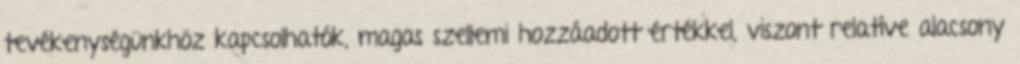
tevékenységünkhöz kapcsolhatók, magas szellemi hozzáadott értékkel, viszont relatíve alacsony